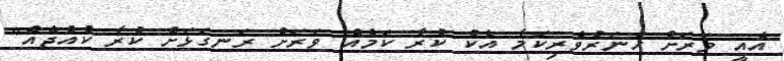
އެއީ ވަރަށް ހުނަރުވެރިކަމާ އެކު ކުރާ ކަމެއް ވަރަށް ރަނގަޅަށް ކުރާ ކުއްޖެއް"